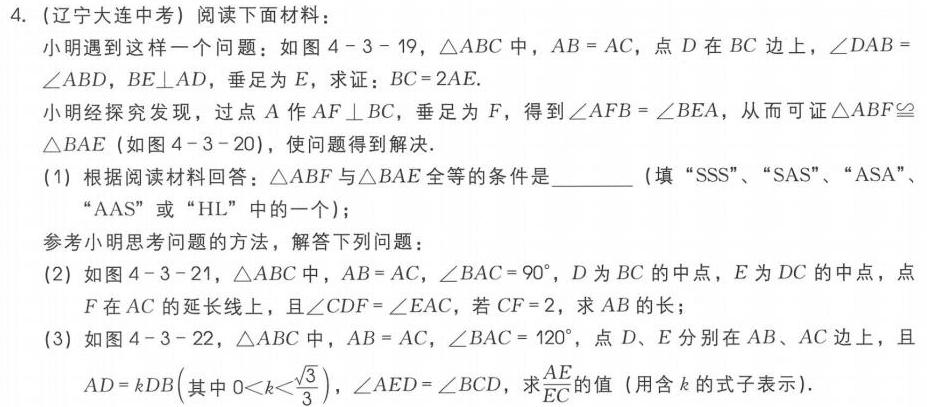
4. (辽宁大连中考) 阅读下面材料：
小明遇到这样一个问题：如图4 - 3 - 19，\(\triangle ABC\)中，\(AB = AC\)，点\(D\)在\(BC\)边上，\(\angle DAB=\angle ABD\)，\(BE\perp AD\)，垂足为\(E\)，求证：\(BC = 2AE\).
小明经探究发现，过点\(A\)作\(AF\perp BC\)，垂足为\(F\)，得到\(\angle AFB=\angle BEA\)，从而可证\(\triangle ABF\cong\triangle BAE\) (如图4 - 3 - 20)，使问题得到解决.
(1) 根据阅读材料回答：\(\triangle ABF\)与\(\triangle BAE\)全等的条件是______ (填“SSS”、“SAS”、“ASA”、“AAS”或“HL”中的一个)；
参考小明思考问题的方法，解答下列问题：
(2) 如图4 - 3 - 21，\(\triangle ABC\)中，\(AB = AC\)，\(\angle BAC = 90^{\circ}\)，\(D\)为\(BC\)的中点，\(E\)为\(DC\)的中点，点\(F\)在\(AC\)的延长线上，且\(\angle CDF=\angle EAC\)，若\(CF = 2\)，求\(AB\)的长；
(3) 如图4 - 3 - 22，\(\triangle ABC\)中，\(AB = AC\)，\(\angle BAC = 120^{\circ}\)，点\(D、E\)分别在\(AB、AC\)边上，且\(AD = kDB\left(其中0 < k <\frac{\sqrt{3}}{3}\right)\)，\(\angle AED=\angle BCD\)，求\(\frac{AE}{EC}\)的值 (用含\(k\)的式子表示).